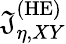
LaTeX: \mathfrak{J}_{\eta,XY}^{\mathrm{{(HE)}}}